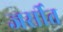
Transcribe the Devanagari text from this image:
जर्सीत